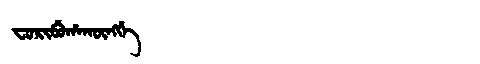
Manchu: ᠸᠣᡵᡳᠪᡠᡥᠠᡴᡡᠩᡤᡝ
Romanization: FORIBUHAKŪNGGE